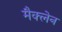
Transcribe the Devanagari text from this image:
मैक्‍लेन